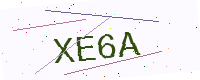
Text: XE6A